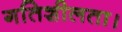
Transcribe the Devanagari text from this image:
गतिशीलता।